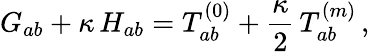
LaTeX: G_{ab}+\kappa\, H_{ab}=T_{ab}^{(0)}+\frac{\kappa}{2}\, T_{ab}^{(m)}\, ,